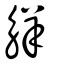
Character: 觧